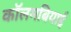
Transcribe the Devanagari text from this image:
कॉलमबियाई